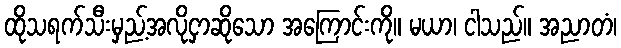
ထိုသရက်သီးမှည့်အလိုငှာဆိုသော အကြောင်းကို။ မယာ၊ ငါသည်။ အညာတံ၊